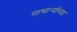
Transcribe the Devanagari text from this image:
गाभार्र्‍याच्या